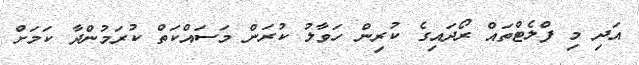
އަދި މި ފްލެޓްތައް ރޯދައިގެ ކުރިން ހަވާލު ކުރަން މަސައްކަތް ކުރަމުންދާ ކަމަށް